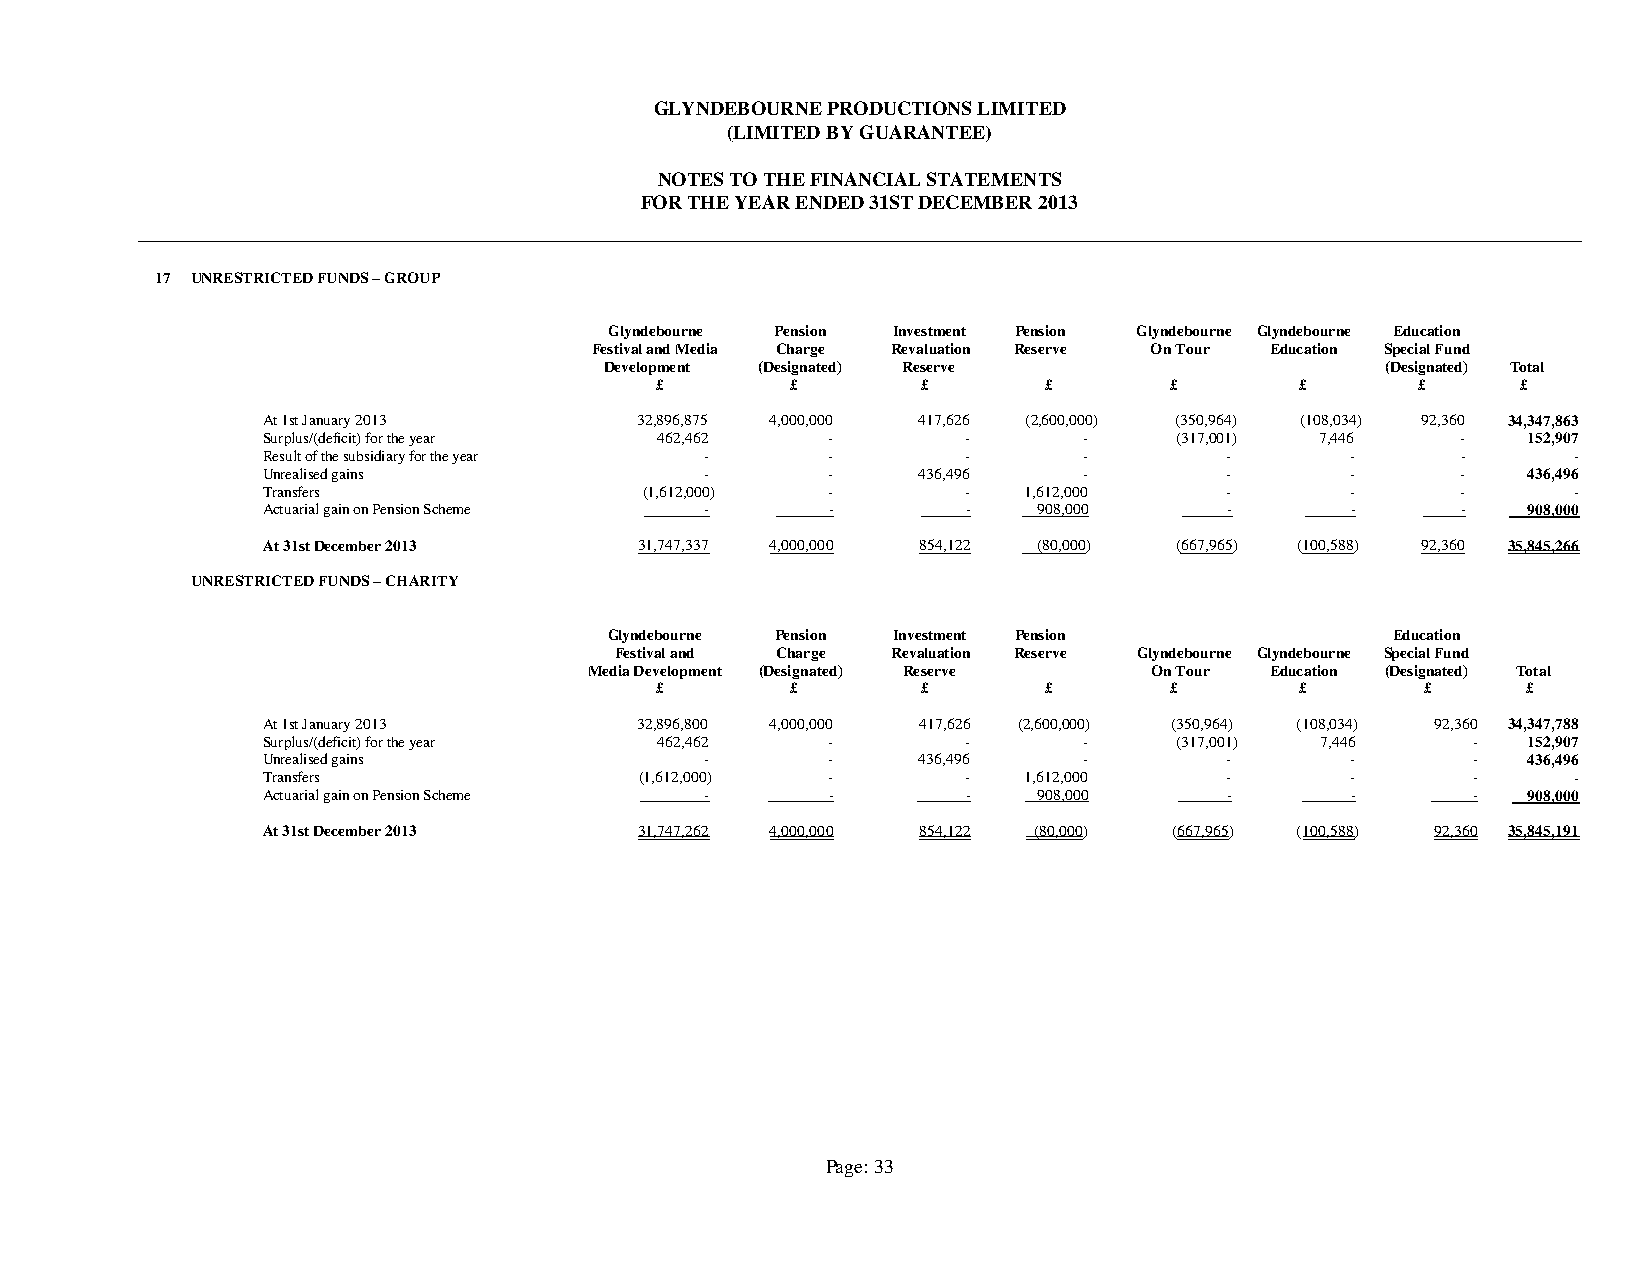
GLYNDEBOURNE PRODUCTIONS LIMITED
 (LIMITED BY GUARANTEE)
 NOTES TO THE FINANCIAL STATEMENTS
 FOR THE YEAR ENDED 31ST DECEMBER 2013
 17 UNRESTRICTED FUNDS – GROUP
 Glyndebourne Pension Investment Pension Glyndebourne Glyndebourne Education
 Festival and Media Charge Revaluation Reserve On Tour Education Special Fund
 Development (Designated) Reserve                    (Designated) Total
 £        £        £       £       £        £       £      £
 At 1st January 2013      32,896,875 4,000,000 417,626 (2,600,000) (350,964) (108,034) 92,360 34,347,863
 Surplus/(deficit) for the year 462,462 -       -       -     (317,001) 7,446    -   152,907
 Result of the subsidiary for the year - -      -       -        -       -       -      -
 Unrealised gains              -       -     436,496    -        -       -       -   436,496
 Transfers                 (1,612,000) -        -   1,612,000    -       -       -      -
 Actuarial gain on Pension Scheme -    -        -    908,000     -       -       -   908,000
 At 31st December 2013    31,747,337 4,000,000 854,122 (80,000) (667,965) (100,588) 92,360 35,845,266
 UNRESTRICTED FUNDS – CHARITY
 Glyndebourne Pension Investment Pension             Education
 Festival and Charge Revaluation Reserve Glyndebourne Glyndebourne Special Fund
 Media Development (Designated) Reserve On Tour Education (Designated) Total
 £        £        £       £       £        £       £      £
 At 1st January 2013      32,896,800 4,000,000 417,626 (2,600,000) (350,964) (108,034) 92,360 34,347,788
 Surplus/(deficit) for the year 462,462 -       -       -     (317,001) 7,446    -   152,907
 Unrealised gains              -       -     436,496    -        -       -       -   436,496
 Transfers                (1,612,000)  -        -   1,612,000    -       -       -      -
 Actuarial gain on Pension Scheme -    -        -    908,000     -       -       -   908,000
 At 31st December 2013    31,747,262 4,000,000 854,122 (80,000) (667,965) (100,588) 92,360 35,845,191
 Page: 33